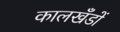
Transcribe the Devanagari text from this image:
कालखँडों